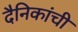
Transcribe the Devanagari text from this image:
दैनिकांची